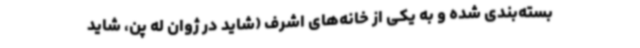
بسته‌بندی شده و به یکی از خانه‌های اشرف (شاید در ژوان له پن، شاید